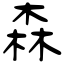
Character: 森